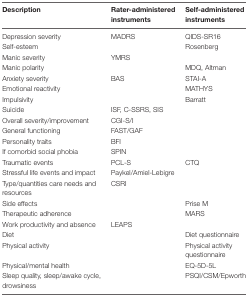
| Description | Rater-administered instruments | Self-administered instruments |
 | --- | --- | --- |
 | Depression severity | MADRS | QIDS-SR16 |
 | Self-esteem |  | Rosenberg |
 | Manic severity | YMRS |  |
 | Manic polarity |  | MDQ, Altman |
 | Anxiety severity | BAS | STAI-A |
 | Emotional reactivity |  | MATHYS |
 | Impulsivity |  | Barratt |
 | Suicide | ISF, C-SSRS, SIS |  |
 | Overall severity/improvement | CGI-S/I |  |
 | General functioning | FAST/GAF |  |
 | Personality traits | BFI |  |
 | If comorbid social phobia | SPIN |  |
 | Traumatic events | PCL-S | CTQ |
 | Stressful life events and impact | Paykel/Amiel-Lebigre |  |
 | Type/quantities care needs and resources | CSRI |  |
 | Side effects |  | Prise M |
 | Therapeutic adherence |  | MARS |
 | Work productivity and absence | LEAPS |  |
 | Diet |  | Diet questionnaire |
 | Physical activity |  | Physical activity questionnaire |
 | Physical/mental health |  | EQ-5D-5L |
 | Sleep quality, sleep/awake cycle, drowsiness |  | PSQI/CSM/Epworth |